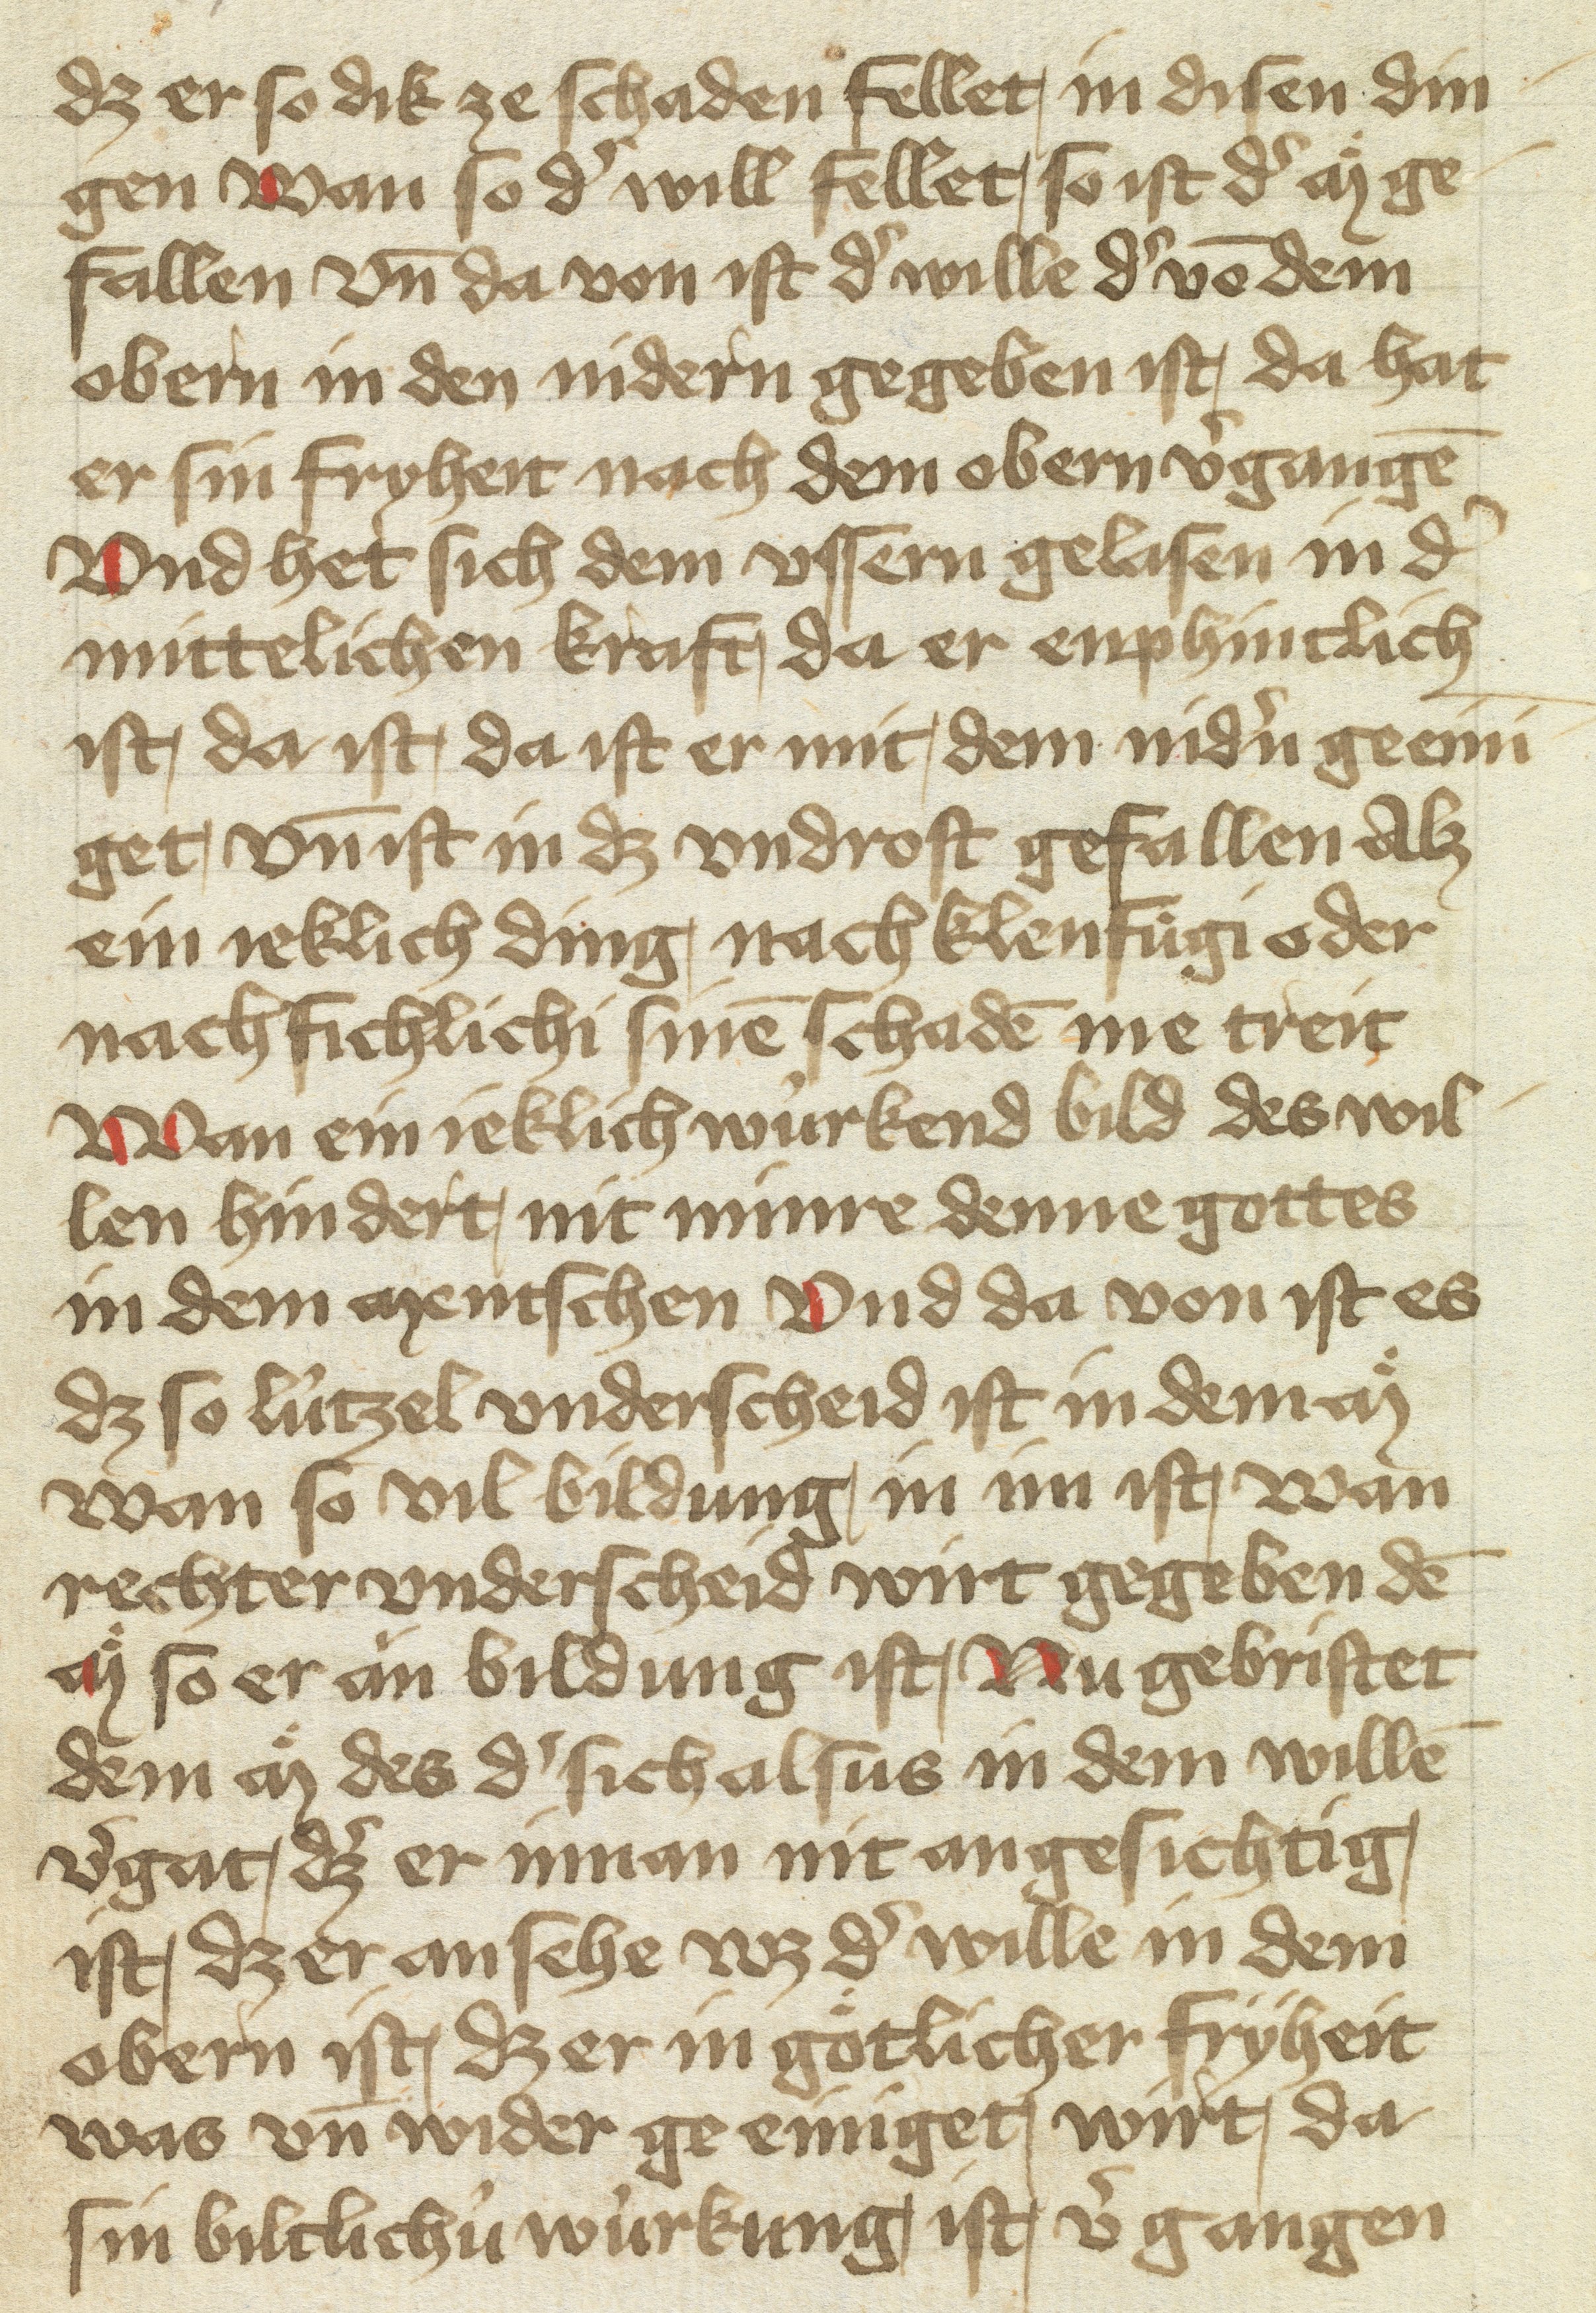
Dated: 1400–1499